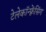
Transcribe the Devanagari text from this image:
टेलेकॉन्फ़्रेंसिंग